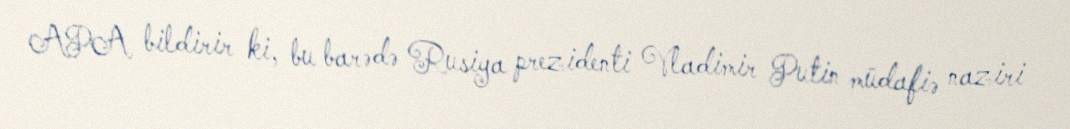
APA bildirir ki, bu barədə Rusiya prezidenti Vladimir Putin müdafiə naziri